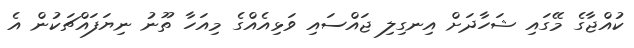
ކުއްޖާގެ މޭގައި ޝަހާދަށް އިނގިލި ޖައްސައި ވަޅިއެއްގެ މިއަހާ ތޫނު ނިޔަފައްޗަކުން އެ